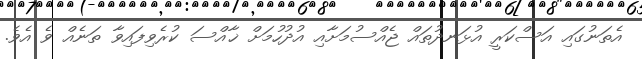
އެތަނުގައި އަސްކަރީ އުޅަނދުތައް ޖެއްސުމަށާއި އުދުހުމަށް ޚާއްސަ ކުރެވިފައިވާ ތަނެއް ވެ އެވެ.